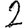
Digit: 2